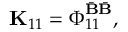
\mathbf { K } _ { 1 1 } = \boldsymbol { \Phi } _ { 1 1 } ^ { \bar { \mathbf { B } } \bar { \mathbf { B } } } ,